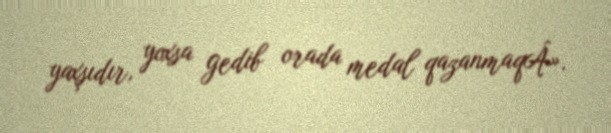
yaxşıdır, yoxsa gedib orada medal qazanmaqÂ».